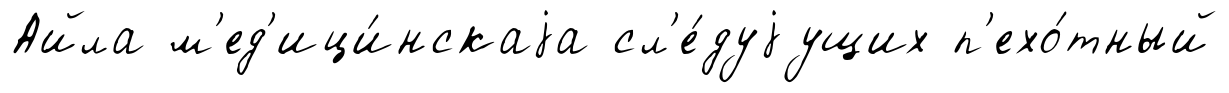
Айла м'ед'ици́нскаjа сл'е́дуjущих п'ехо́тный